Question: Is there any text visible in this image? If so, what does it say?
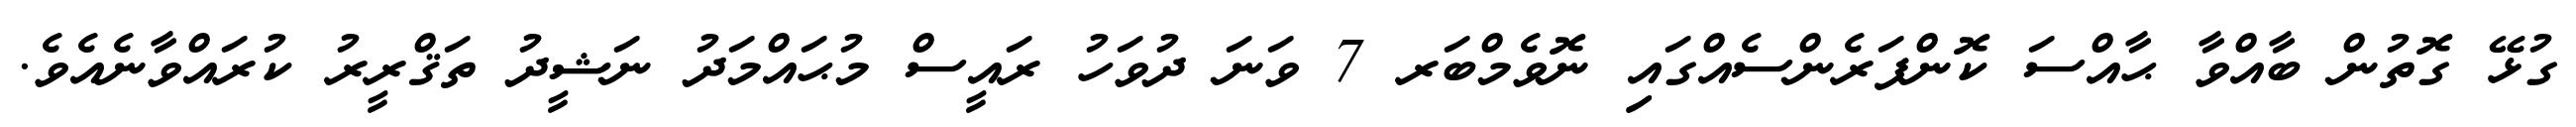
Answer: ގުޅޭ ގޮތުން ބާއްވާ ޙާއްސަ ކޮންފަރެންސެއްގައި ނޮވެމްބަރ 7 ވަނަ ދުވަހު ރައީސް މުޙައްމަދު ނަޝީދު ތަޤްރީރު ކުރައްވާނެއެވެ.